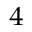
^ 4